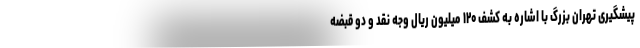
پیشگیری تهران بزرگ با اشاره به کشف ۱۲۰ میلیون ریال وجه نقد و دو قبضه